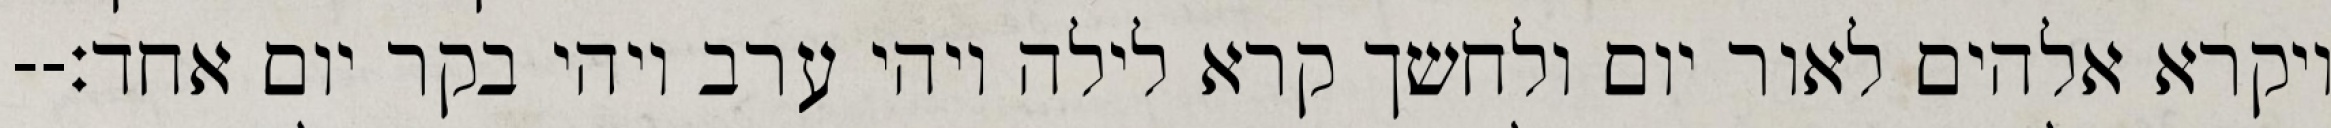
ויקרא אלהים לאור יום ולחשך קרא לילה ויהי ערב ויהי בקר יום אחד׃--